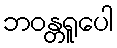
ဘဝန္တရူပေါ